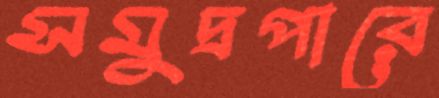
সমুদ্রপারে